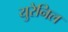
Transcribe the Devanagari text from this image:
युरेनिल